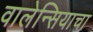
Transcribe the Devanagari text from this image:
वालेन्सियाचा